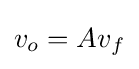
v_{o}=Av_{f}